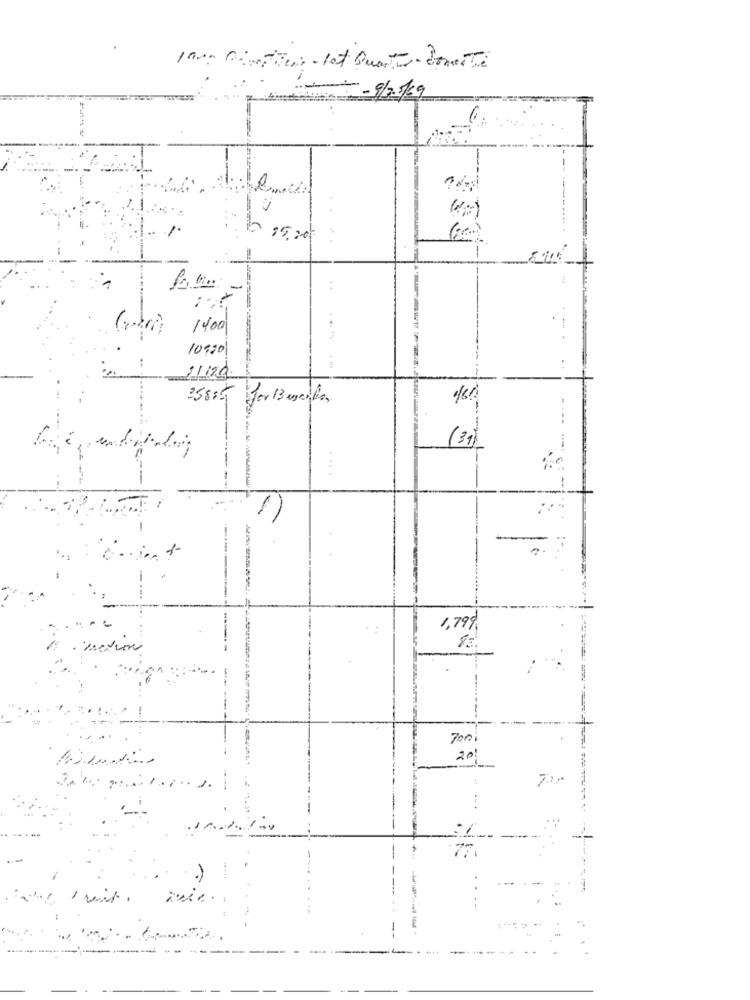
1av Dimitir- let Quarter- Bonetti
1 --
1
$ 15,20
1400
10920
11120.
(31)
1,79%
83
Ton
20